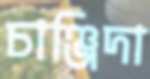
চাঞ্জিদা